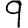
Digit: 9